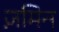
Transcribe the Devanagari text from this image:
ज़मिन